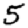
Digit: 5